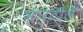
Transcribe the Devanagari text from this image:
मारुतीले